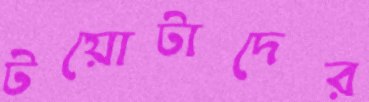
টয়োটাদের